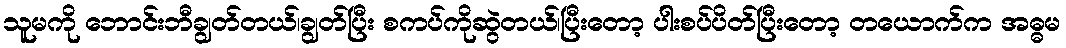
သူမကို ဘောင်းဘီချွတ်တယ်၊ချွတ်ပြီး စကပ်ကိုဆွဲတယ်၊ပြီးတော့ ပါးစပ်ပိတ်ပြီးတော့ တယောက်က အဓ္ဓမ